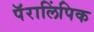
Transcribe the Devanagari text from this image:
पॅरालिंपिक